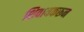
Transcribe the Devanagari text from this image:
शिवायकरून